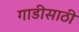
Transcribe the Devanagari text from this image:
गाडीसाठी